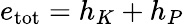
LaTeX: e_{\mathrm{tot}}=h_{K}+h_{P}